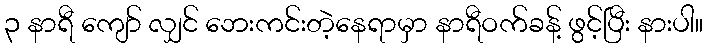
၃ နာရီ ကျော် လျှင် ဘေးကင်းတဲ့နေရာမှာ နာရီဝက်ခန့် ဖွင့်ပြီး နားပါ။